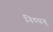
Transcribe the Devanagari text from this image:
निष्पन्